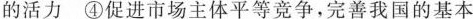
的活力 ④促进市场主体平等竞争，完善我国的基本